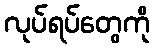
လုပ်ရပ်တွေကို